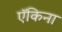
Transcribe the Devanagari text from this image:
ऍकिना